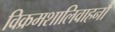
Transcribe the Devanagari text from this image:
विक्रमशालिवाहनौ